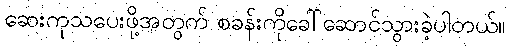
ဆေးကုသပေးဖို့အတွက် စခန်းကိုခေါ်ဆောင်သွားခဲ့ပါတယ်။